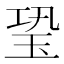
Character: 𤤶